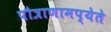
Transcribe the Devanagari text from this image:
पौत्राणामप्येते